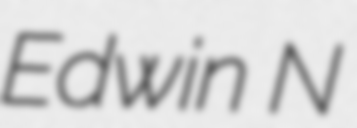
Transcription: Edwin N